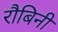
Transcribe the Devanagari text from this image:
रौबिनी